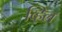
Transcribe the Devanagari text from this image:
व्हिल